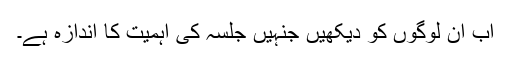
اب ان لوگوں کو دیکھیں جنہیں جلسہ کی اہمیت کا اندازہ ہے۔